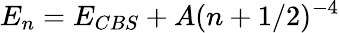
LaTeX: E_{n}=E_{CBS}+A(n+1/2)^{-4}